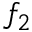
f _ { 2 }